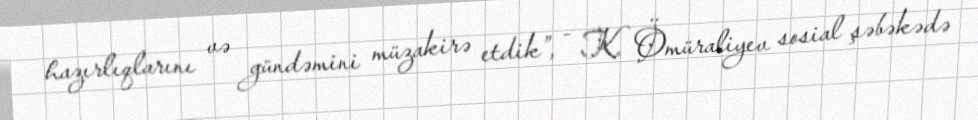
hazırlıqlarını və gündəmini müzakirə etdik”, - K. Ömüraliyev sosial şəbəkədə